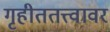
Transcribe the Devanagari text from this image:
गृहीततत्त्वावर